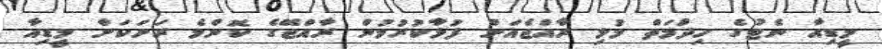
މީޑިއާ ނެޓުގެ ހިދުމަތް މުޅި ރާއްޖެއަށް ފުޅާކުރުމުން ރާއްޖޭގެ ކޮންމެ ރަށަކަށް މީޑިއާ